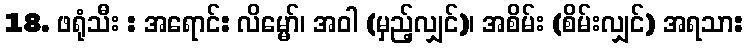
18. ဖရုံသီး : အရောင်: လိမ္မော်၊ အဝါ (မှည့်လျှင်)၊ အစိမ်း (စိမ်းလျှင်) အရသာ: